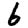
Digit: 6